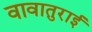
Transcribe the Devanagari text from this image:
वावातुराई